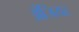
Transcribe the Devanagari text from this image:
अँजियर